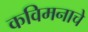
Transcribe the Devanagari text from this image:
कविमनाचे